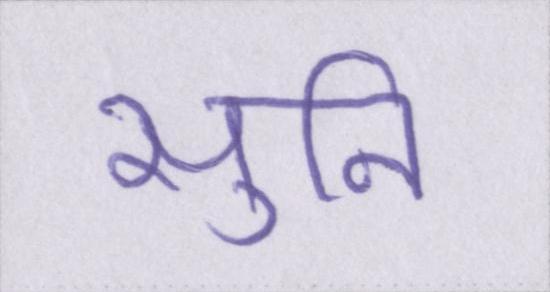
सुनि